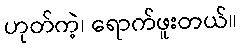
ဟုတ်ကဲ့၊ ရောက်ဖူးတယ်။